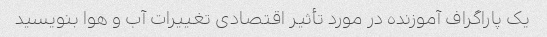
یک پاراگراف آموزنده در مورد تأثیر اقتصادی تغییرات آب و هوا بنویسید